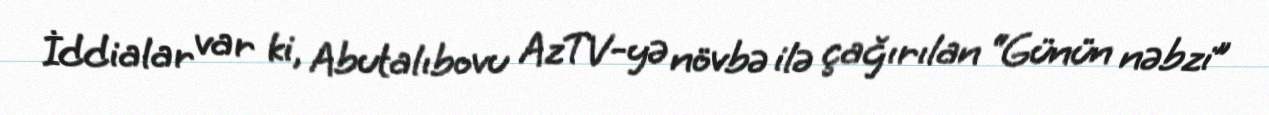
İddialar var ki, Abutalıbovu AzTV-yə növbə ilə çağırılan “Günün nəbzi”